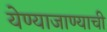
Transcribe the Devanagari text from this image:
येण्याजाण्याची